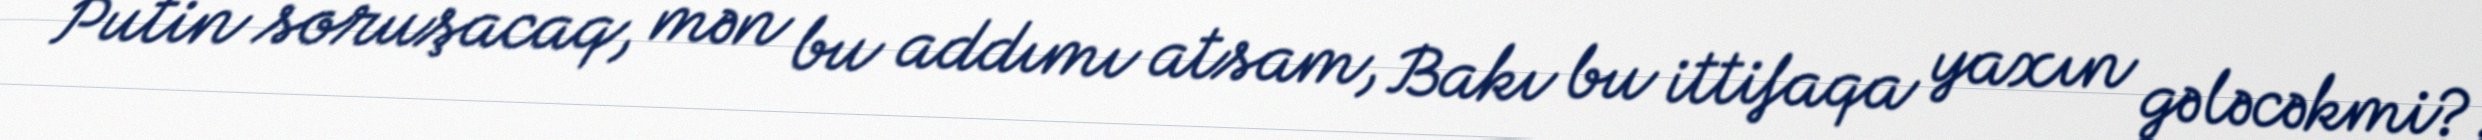
Putin soruşacaq, mən bu addımı atsam, Bakı bu ittifaqa yaxın gələcəkmi?.